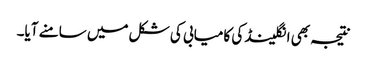
نتیجہ بھی انگلینڈ کی کامیابی کی شکل میں سامنے آیا۔